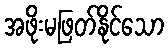
အဖိုးမဖြတ်နိုင်သော